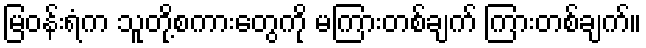
မြဝန်းရံက သူတို့စကားတွေကို မကြားတစ်ချက် ကြားတစ်ချက်။